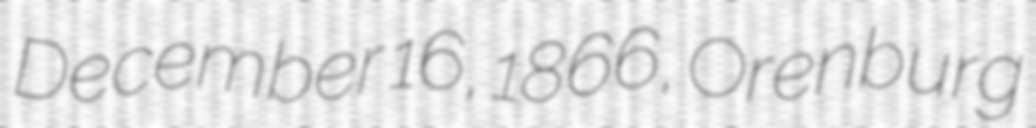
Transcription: December 16, 1866, Orenburg